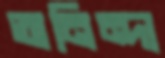
অনিন্দা